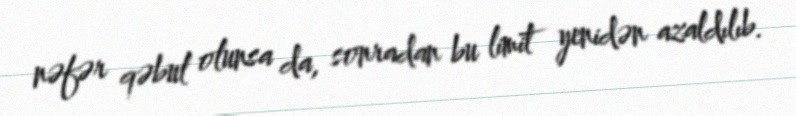
nəfər qəbul olunsa da, sonradan bu limit yenidən azaldılıb.